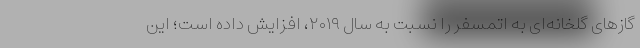
گازهای گلخانه‌ای به اتمسفر را نسبت به سال ۲۰۱۹، افزایش داده است؛ این